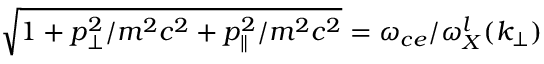
\sqrt { 1 + p _ { \perp } ^ { 2 } / m ^ { 2 } c ^ { 2 } + p _ { \| } ^ { 2 } / m ^ { 2 } c ^ { 2 } } = \omega _ { c e } / \omega _ { X } ^ { l } ( k _ { \perp } )